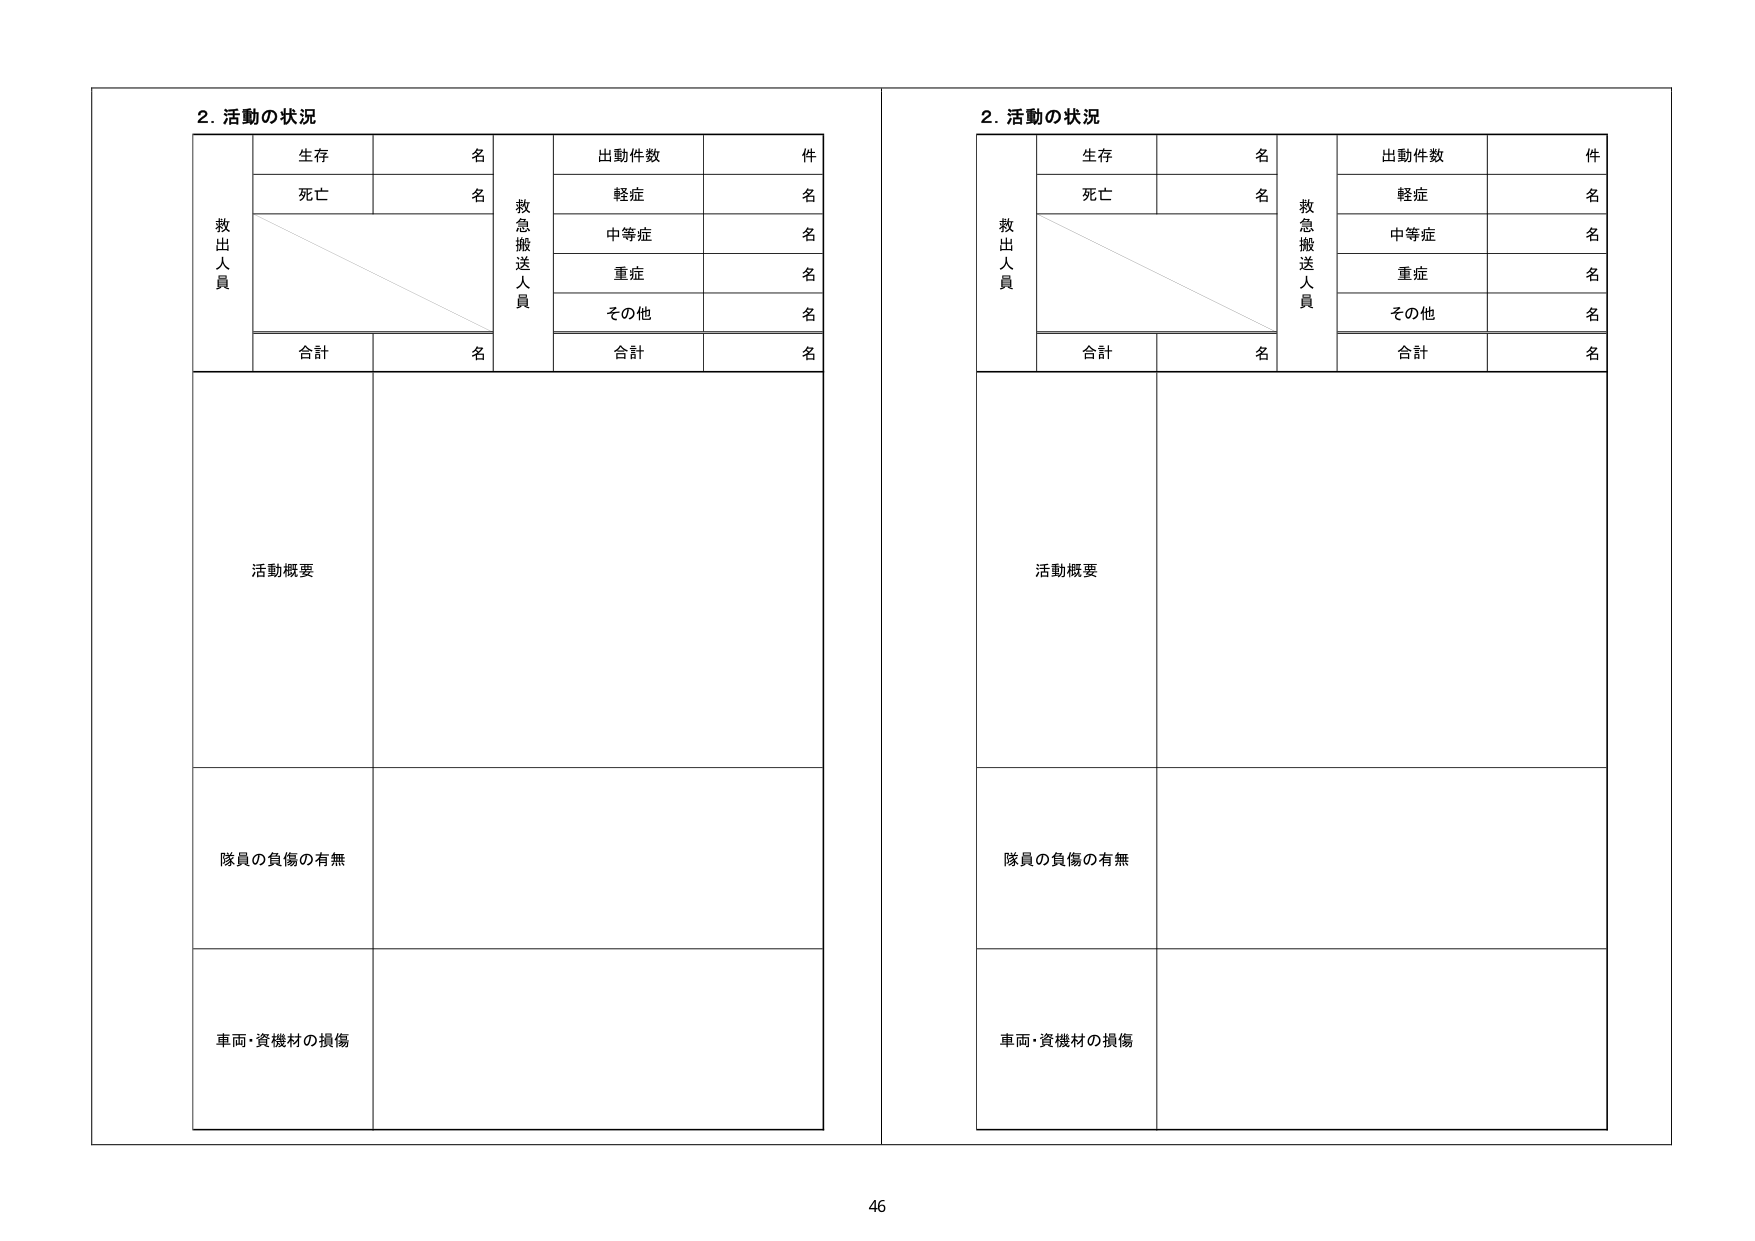
2. 活動の状況
救出人員
生存 名
死亡 名
合計 名
救急搬送人員
出動件数 件
軽症 名
中等症 名
重症 名
その他 名
合計 名
活動概要
隊員の負傷の有無
車両・資機材の損傷

2. 活動の状況
救出人員
生存 名
死亡 名
合計 名
救急搬送人員
出動件数 件
軽症 名
中等症 名
重症 名
その他 名
合計 名
活動概要
隊員の負傷の有無
車両・資機材の損傷

46